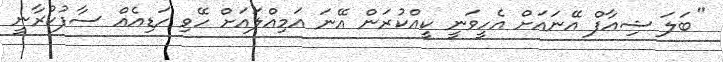
''ބަލަ ޝިއާފް އޭނައަށް އެހީވަނީ ކީއްކުރަން އޭނަ އަމިއްލައަށް ހޭވި ހަޑިއެއް ސާފުކުރާނީ